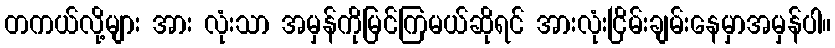
တကယ်လို့များ အား လုံးသာ အမှန်ကိုမြင်ကြမယ်ဆိုရင် အားလုံးငြိမ်းချမ်းနေမှာအမှန်ပါ။